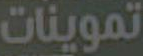
تموينات